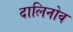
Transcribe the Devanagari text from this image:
दालिनोव